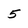
Character: 5